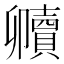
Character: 𮚧